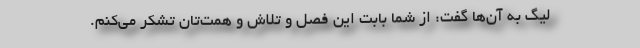
لیگ به آن‌ها گفت: از شما بابت این فصل و تلاش و همت‌تان تشکر می‌کنم.